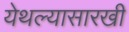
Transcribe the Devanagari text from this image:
येथल्यासारखी